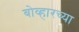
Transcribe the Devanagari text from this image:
बोव्हारच्या